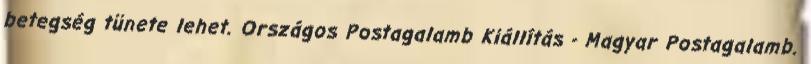
betegség tünete lehet. Országos Postagalamb Kiállítás - Magyar Postagalamb.